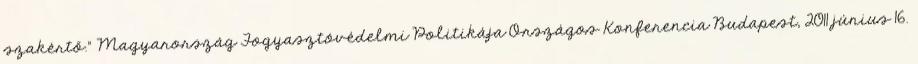
szakértő." Magyarország Fogyasztóvédelmi Politikája Országos Konferencia Budapest, 2011.június 16.